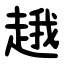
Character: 䞲